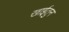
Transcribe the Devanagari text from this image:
खाईतुन